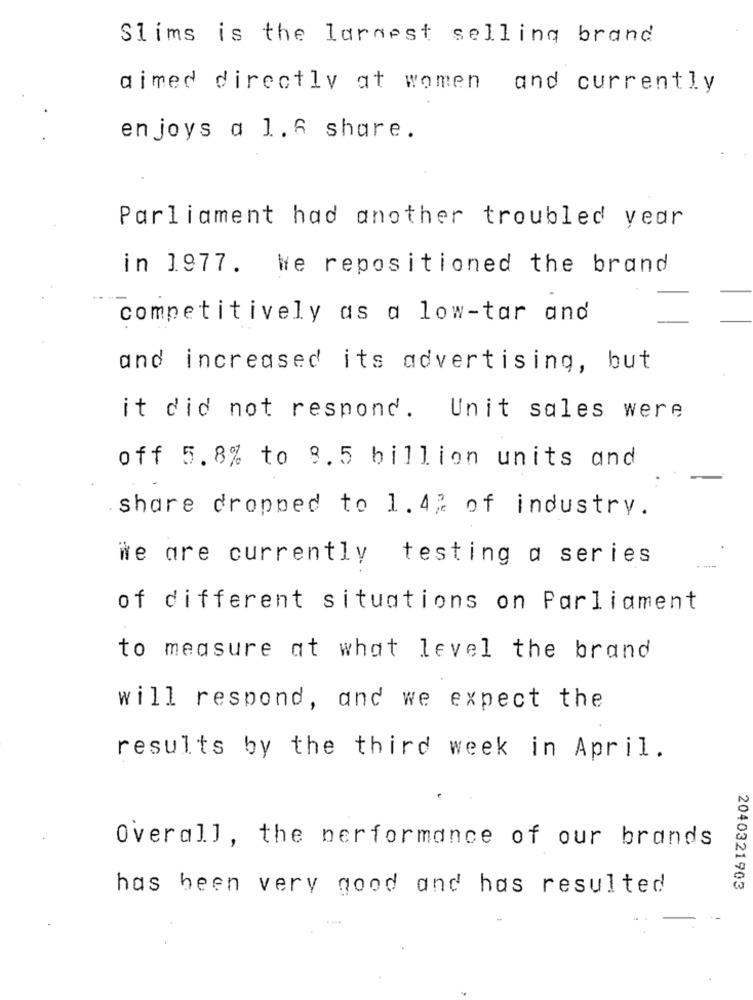
Slims is the largest selling brand
aimed directly at women and currently
enjoys a 1.6 share.
Parliament had another troubled year
in 1977. we repositioned the brand
competitively as a low-tar and
and increased its advertising, but
it did not respond. Unit sales were
off 5.8% to 8.5 billion units and
share dropped to 1.4% of industry.
we are currently testing a series
of different situations on Parliament
to measure at what level the brand
will respond, and we expect the
results by the third week in April.
Overall, the performance of our brands
has been very good and has resulted
2040321903